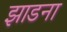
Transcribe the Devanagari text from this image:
झाडना